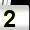
Digit: 2